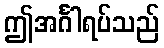
ဤအင်္ဂါရပ်သည်